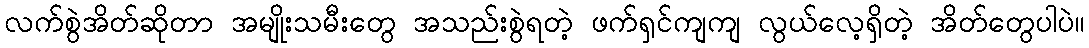
လက်စွဲအိတ်ဆိုတာ အမျိုးသမီးတွေ အသည်းစွဲရတဲ့ ဖက်ရှင်ကျကျ လွယ်လေ့ရှိတဲ့ အိတ်တွေပါပဲ။